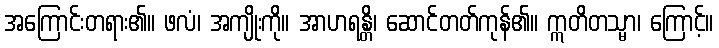
အကြောင်းတရား၏။ ဖလံ၊ အကျိုးကို။ အာဟရန္တိ၊ ဆောင်တတ်ကုန်၏။ ဣတိတသ္မာ၊ ကြောင့်။